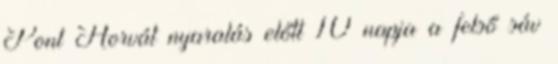
Pont Horvát nyaralás előtt 10 napja a felső sáv